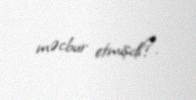
məcbur etmişdi?.